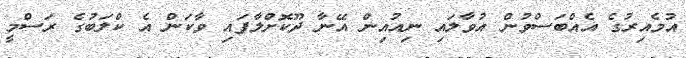
އުމެއިރުގެ އެއްބަސްވުން އުވާލައި ނިއުއިން އޭނާ ދޫކޮށްލާފައި ވާކަން އެ ކްލަބުގެ ރަސްމީ